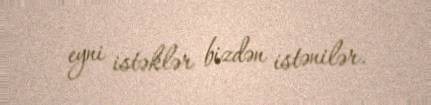
eyni istəklər bizdən istənilər.